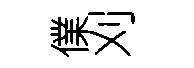
㒒刈